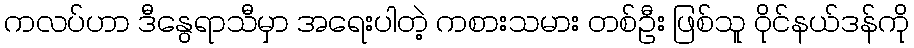
ကလပ်ဟာ ဒီနွေရာသီမှာ အရေးပါတဲ့ ကစားသမား တစ်ဦး ဖြစ်သူ ဝိုင်နယ်ဒန်ကို